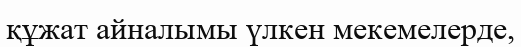
құжат айналымы үлкен мекемелерде,